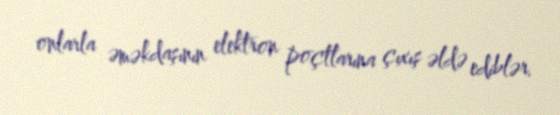
onlarla əməkdaşının elektron poçtlarına çıxış əldə ediblər.